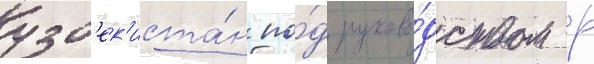
узб'ек'иста́н по́д руково́дством р